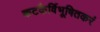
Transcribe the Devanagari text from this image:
कटकैर्विभूषितकरं